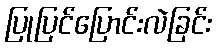
ပြုပြင်ပြောင်းလဲခြင်း